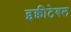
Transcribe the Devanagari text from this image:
इक्वीटेबल